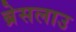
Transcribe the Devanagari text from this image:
ब्रेसलाउ